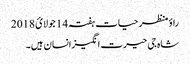
راؤ منظر حیات ہفتہ 14 جولائ 2018
شاہ جی حیرت انگیزانسان ہیں۔